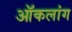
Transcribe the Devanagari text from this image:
ऑकलांग